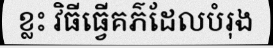
ខ្លះ វិធីធ្វើគភ៌ដែលបំរុង